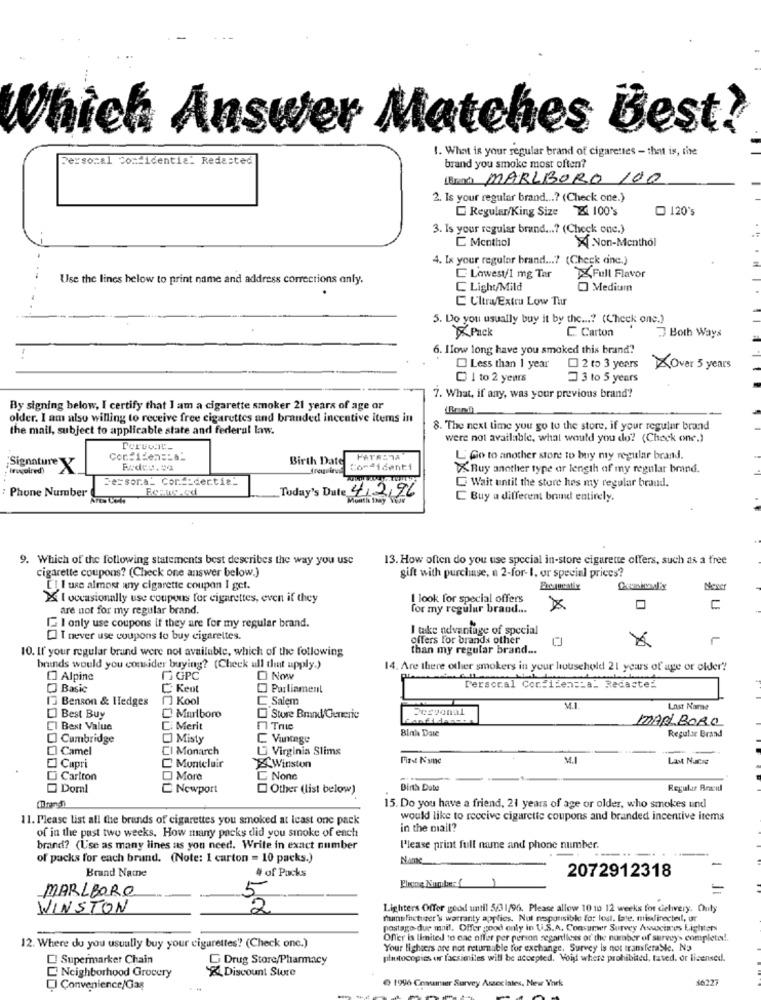
Which Answer Matches Best!
1. What is your regular brand of cigarettes - that is, the
Personal Confidentie_ Redacted
brand you smoke most often?
(Bra) MARLBORO 100
2. Is your regular brand ...? (Check one.)
Regular/King Size 24 100's
O 120's
3. Is your regular brand ...? (Check one.)
C Menthol
XNon-Menthol
4. Ix your regular brand ...? (Check cine.)
Use the lines below to print name and address corrections anly.
Lowest/1 mg Tar
Full Flavor
C Light/Mild
O Medium
C Ultra/Extru Low Thur
5. Do you usually buy it by the ...? (Check one.)
Puck
C Carton
Both Ways
6. Ilow long have you smoked this brand?
Less than 1 year
2 to 3 years
Over 3 years
1 to 2 years
3 to 5 years
7. What, if any, was your previous brand?
By signing below, I certify that I am a cigarette smoker 21 years of age or
older. I am also willing to receive free cigarettes and branded incentive items in
the mail, subject to applicable state and federal law.
8. The next time you go to the store, if your regular brand
were not available, what would you do? (Check one.)
Confiden=La"
Birth Date
L Go to another store to buy ny regular brand.
inquired)
Signature
Confidenti
Buy another type ar length of my regular brand.
Sessora_ Cor __ dertia_
Phone Number
Today's Date 4/2,96
Wait until the store hes my regular braud.
C Buy a different brand entirely.
9. Which of the following statements best describes the way you use
13. How often do you use special in-store cigarette offers, such as a free
cigarette coupons? (Check one answer below.)
gift with purchase, a 2-for- 1, or special prices?
['! I use almost any cigarette coupon I get.
Never
X I occasionally use coupons for cigarettes, even if they
I look for special offers
are not for my regular brand.
for my regular brand ...
C
[. I only use coupons if they are for my regular brand.
I take advantage of special
I never use coupons to buy cigarettes.
offers for brands other
10. If your regular brand were not available, which of the following
than my regular brand ...
brands would you consider buying? (Check all that upply.)
14. Are there other smokers in your household 21 years of age or older ??
[] Alpine
GGPC
O Now
Personal Confiden == a- Redacte:
Basic
Keut
Parliament
1] Benson & Hedges
[] Kool
Salem
ervonal
M.I
Last Name
Best Buy
Marlboro
Store Brand/Generic
MARLBORO
El Best Value
Ci Merit
Binh Date
[] Cambridge
Misty
C Vintage
Regular Brand
[] Camel
CI Monarch
U Virginia Slims
First Name
Last Nacis
[] Capri
Montelair
&CWinston
Di Carlton
O More
C Nonc
Dornl
Newport
Other (list below)
Birth Date
Regular Brasil
15. Do you have a friend, 21 years of age or older, who smokes und
11. Please list all the brands of cigarettes you smoked at least one pack
would like to receive cigarette coupons and branded incentive items
of in the past two weeks, How many packs did you smoke of each
in the mail?
brand? (Use as many lines as you need. Write in exact number
Please print full name and phone number.
of packs for each brund. (Note: 1 carton = 10 packs.)
Name
Brand Name
# of Packs
2072912318
MARLBORO
WINSTON
Lighters Offer good until 5/3 1/96. Please allow 10 10 12 weeks for delivery. Outy
manufacturer's warranty applies. Not responsible for los. bare, misdirecteil, ur
postage- due mail, Offer good only in U.S.A. Consumer Survey Associnos Lighters
Offer is limited to cae offer per person segantices of the number of servey> completed !.
12. Where do you usually buy your cigarettes? (Check onc.)
Your lighters are not returnable for exchange, Survey is not transferable. No
Supermarket Chain
Drug Store/Pharmacy
photocopies or facsimiles will be accepted. Void where prohibited, tated. or licensed.
&Discount Store
Neighborhood Grocery
9 1996 Cossanser Survey Associates, New York
16277
CI Convenience/Gas